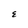
Character: E